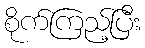
စိုက်ကြည့်ပြီး